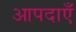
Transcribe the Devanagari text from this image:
आपदाएँ